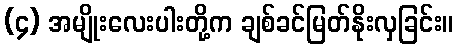
(၄) အမျိုးလေးပါးတို့က ချစ်ခင်မြတ်နိုးလှခြင်း။